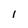
Character: I